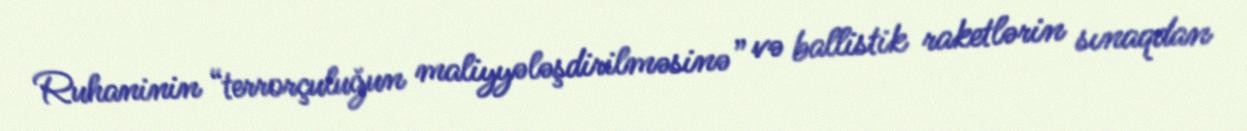
Ruhaninin “terrorçuluğun maliyyələşdirilməsinə” və ballistik raketlərin sınaqdan